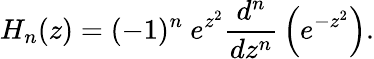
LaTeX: H_{n}(z)=(-1)^{n}~e^{z^{2}}{\frac{d^{n}}{dz^{n}}}\left(e^{-z^{2}}\right).